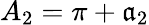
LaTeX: {A_{2}}=\pi+{\mathfrak{a}_{2}}